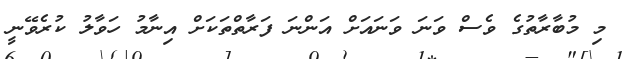
މި މުބާރާތުގެ ވެސް ވަނަ ވަނައަށް އަންނަ ފަރާތްތަކަށް އިނާމު ހަވާލު ކުރެވޭނީ